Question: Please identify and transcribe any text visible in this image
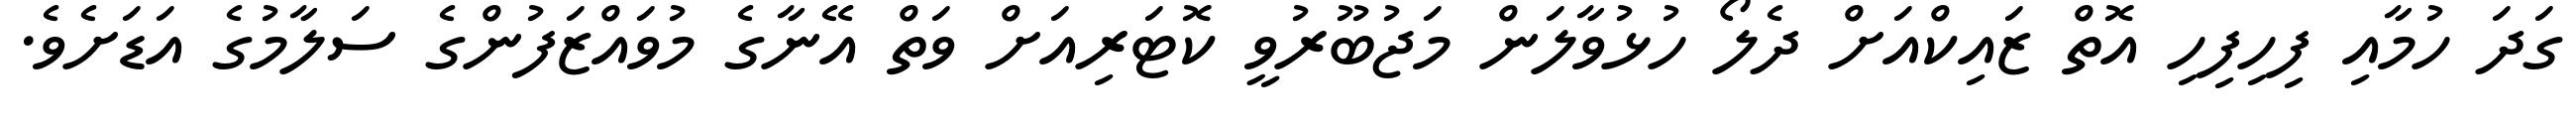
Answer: ގަދަ ހުމާއި ފިހިފިހި އޮތް ޒައިކްއަށް ދެލޯ ހުޅުވާލަން މަޖުބޫރުވީ ކޮޓަރިއަށް ވަތް އޭނާގެ މުވައްޒަފުންގެ ސަލާމުގެ އަޑަށެވެ.